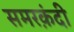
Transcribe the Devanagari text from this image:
समरक़ंदी